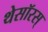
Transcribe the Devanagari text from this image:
थेसॉरस्